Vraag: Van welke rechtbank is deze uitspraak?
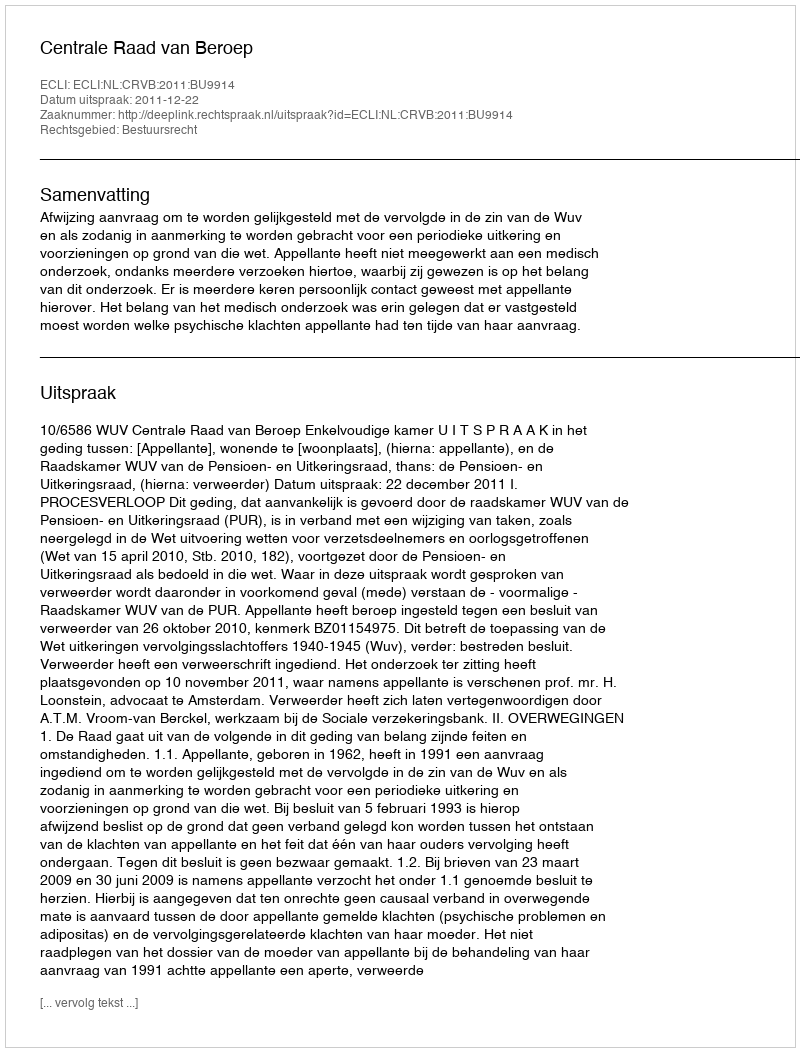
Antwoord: Centrale Raad van Beroep